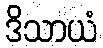
ဒိသာယံ